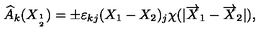
\widehat { A } _ { k } ( X _ { 1 \atop 2 } ) = \pm \varepsilon _ { k j } ( X _ { 1 } - X _ { 2 } ) _ { j } \chi ( | \overrightarrow { X } _ { 1 } - \overrightarrow { X } _ { 2 } | ) ,